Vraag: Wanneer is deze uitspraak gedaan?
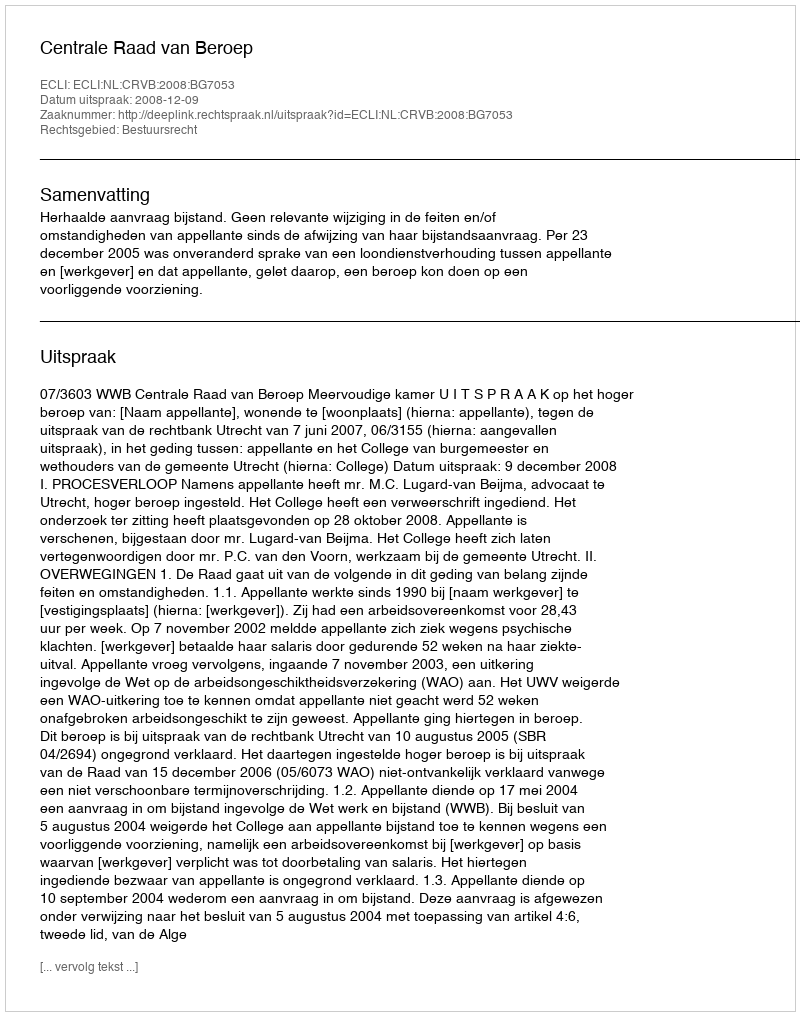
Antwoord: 2008-12-09